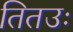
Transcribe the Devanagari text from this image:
तितउः